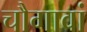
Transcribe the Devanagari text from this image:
चौगावां